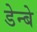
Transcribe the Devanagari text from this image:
डेन्बे